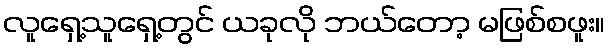
လူရှေ့သူရှေ့တွင် ယခုလို ဘယ်တော့ မဖြစ်စဖူး။